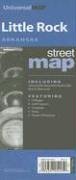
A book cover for Little Rock, Arkansas Street Map: Including Jacksonville, Maumelle, North Little Rock & Sherwood; Travel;